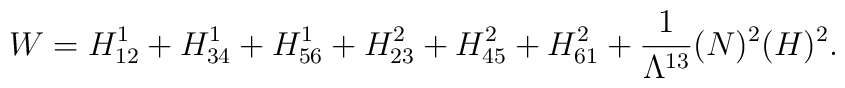
W=H^1_{12}+H^1_{34}+H^1_{56}+H^2_{23}+H^2_{45}+H^2_{61}+\frac{1}{\Lambda^{13}} (N)^2 (H)^2.